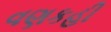
વણકહી